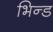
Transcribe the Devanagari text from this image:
भिन्ड